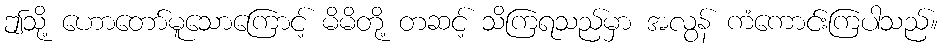
ဤသို့ ဟောတော်မူသောကြောင့် မိမိတို့ တဆင့် သိကြရသည်မှာ အလွန် ကံကောင်းကြပါသည်။